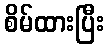
စိမ်ထားပြီး